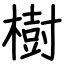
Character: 樹